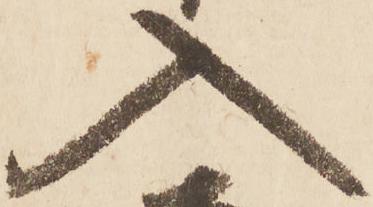
入